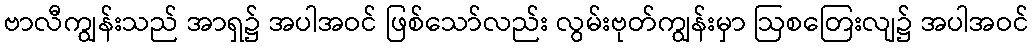
ဗာလီကျွန်းသည် အာရှ၌ အပါအဝင် ဖြစ်သော်လည်း လွမ်းဗုတ်ကျွန်းမှာ ဩစတြေးလျ၌ အပါအဝင်